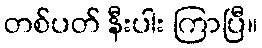
တစ်ပတ် နီးပါး ကြာပြီ။